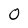
Character: 0